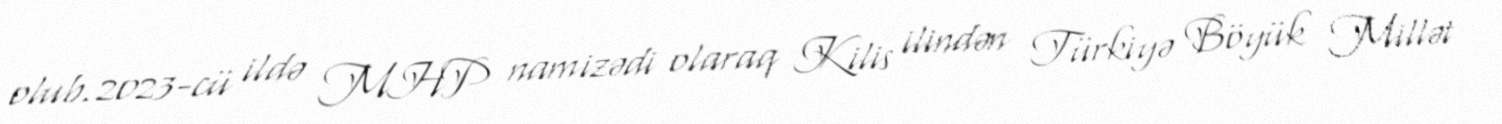
olub.2023-cü ildə MHP namizədi olaraq Kilis ilindən Türkiyə Böyük Millət